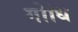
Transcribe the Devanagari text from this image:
गोधि